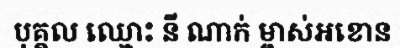
បុគ្គល ឈ្មោះ នី ណាក់ ម្ចាស់អខោន